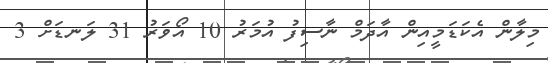
މިލާން އެކަޑަމީއިން އާދަމް ނާސިފު އުމަރު 10 އޯވަރު 31 ލަނޑަށް 3